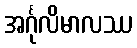
အင်္ဂုလိမာလဿ